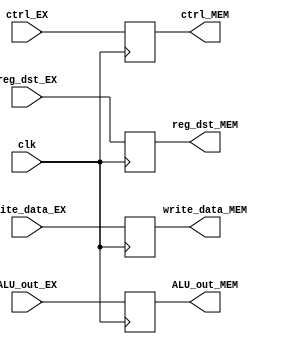
module EXMEM_PIPE(ctrl_MEM, ALU_out_MEM, write_data_MEM, reg_dst_MEM, ALU_out_EX, write_data_EX, reg_dst_EX,  ctrl_EX, clk);

    input[31:0] ALU_out_EX, write_data_EX;
    input[4:0] reg_dst_EX;
    input [3:0] ctrl_EX;
    input clk;
    output[31:0] ALU_out_MEM, write_data_MEM;
    output[4:0] reg_dst_MEM;
    output [3:0] ctrl_MEM;

    reg [31:0] ALU_out_MEM, write_data_MEM;
    reg [3:0] ctrl_MEM;
    reg [4:0] reg_dst_MEM;
    
    initial begin
        ALU_out_MEM=0;
        write_data_MEM=0;
        reg_dst_MEM=0;
        ctrl_MEM=0;
    end
    
    always @(posedge clk) begin
        ALU_out_MEM=ALU_out_EX;
        write_data_MEM=write_data_EX;
        reg_dst_MEM=reg_dst_EX;
        ctrl_MEM=ctrl_EX;
        //$display("EXMEM: ALU_out_MEM:%h, write_data_MEM:%h, ctrl_MEM:%b, reg_dst_MEM:%d", ALU_out_MEM, write_data_MEM, ctrl_MEM, reg_dst_MEM);
    end
    
endmodule